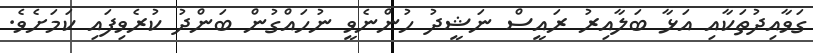
ގަވާއިދުތަކާއި އަޅާ ބަލާއިރު ރައީސް ނަޝީދު ހުންނެވީ ނުހައްގުން ބަންދު ކުރެވިފައި ކަމަށެވެ.